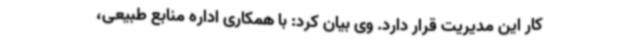
کار این مدیریت قرار دارد. وی بیان کرد: با همکاری اداره منابع طبیعی،